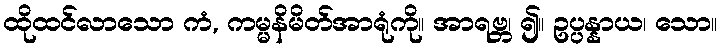
ထိုထင်လာသော ကံ, ကမ္မနိမိတ်အာရုံကို။ အာရဗ္ဘ၊ ၍။ ဥပ္ပန္နာယ၊ သော။